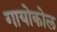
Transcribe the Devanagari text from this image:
गायोकोल